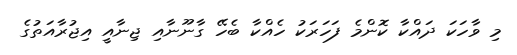
މި ވާހަކަ ދައްކާ ކޮންމެ ފަހަރަކު ހެއްކާ ބެހޭ ގާނޫނާއި ޖިނާއީ އިޖުރާއަތުގެ